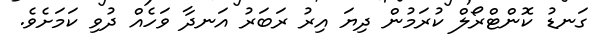
ގަނޑު ކޮންޓްރޯލް ކުރަމުން ދިޔަ އިރު ރަބަރު އަނދާ ވަހެއް ދުވި ކަމަށެވެ.